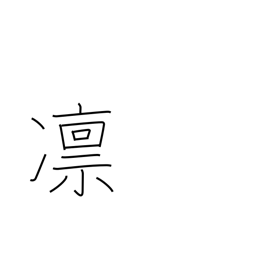
Meaning: strict